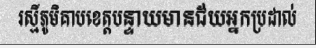
រស្មីភូមិគាបខេត្តបន្ទាយមានជ័យអ្នកប្រដាល់